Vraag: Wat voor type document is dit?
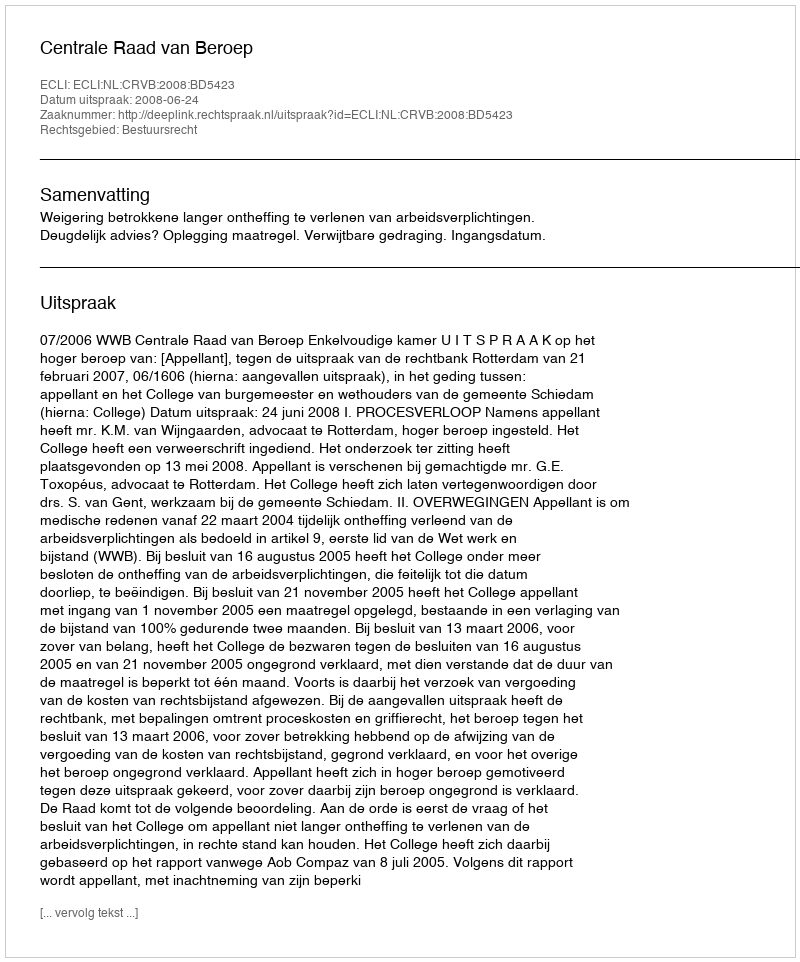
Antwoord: Uitspraak